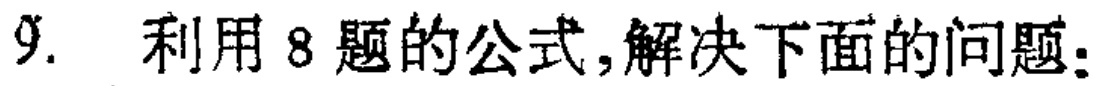
9. 利用8题的公式,解决下面的问题：